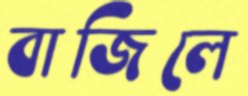
বাজিলে